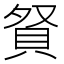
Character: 𧵚